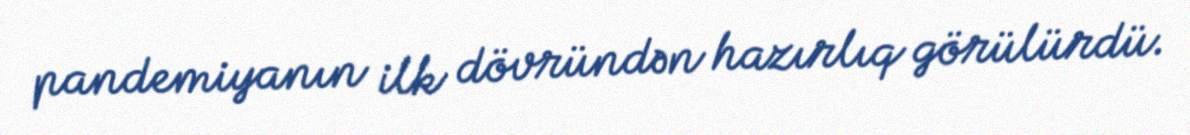
pandemiyanın ilk dövründən hazırlıq görülürdü.